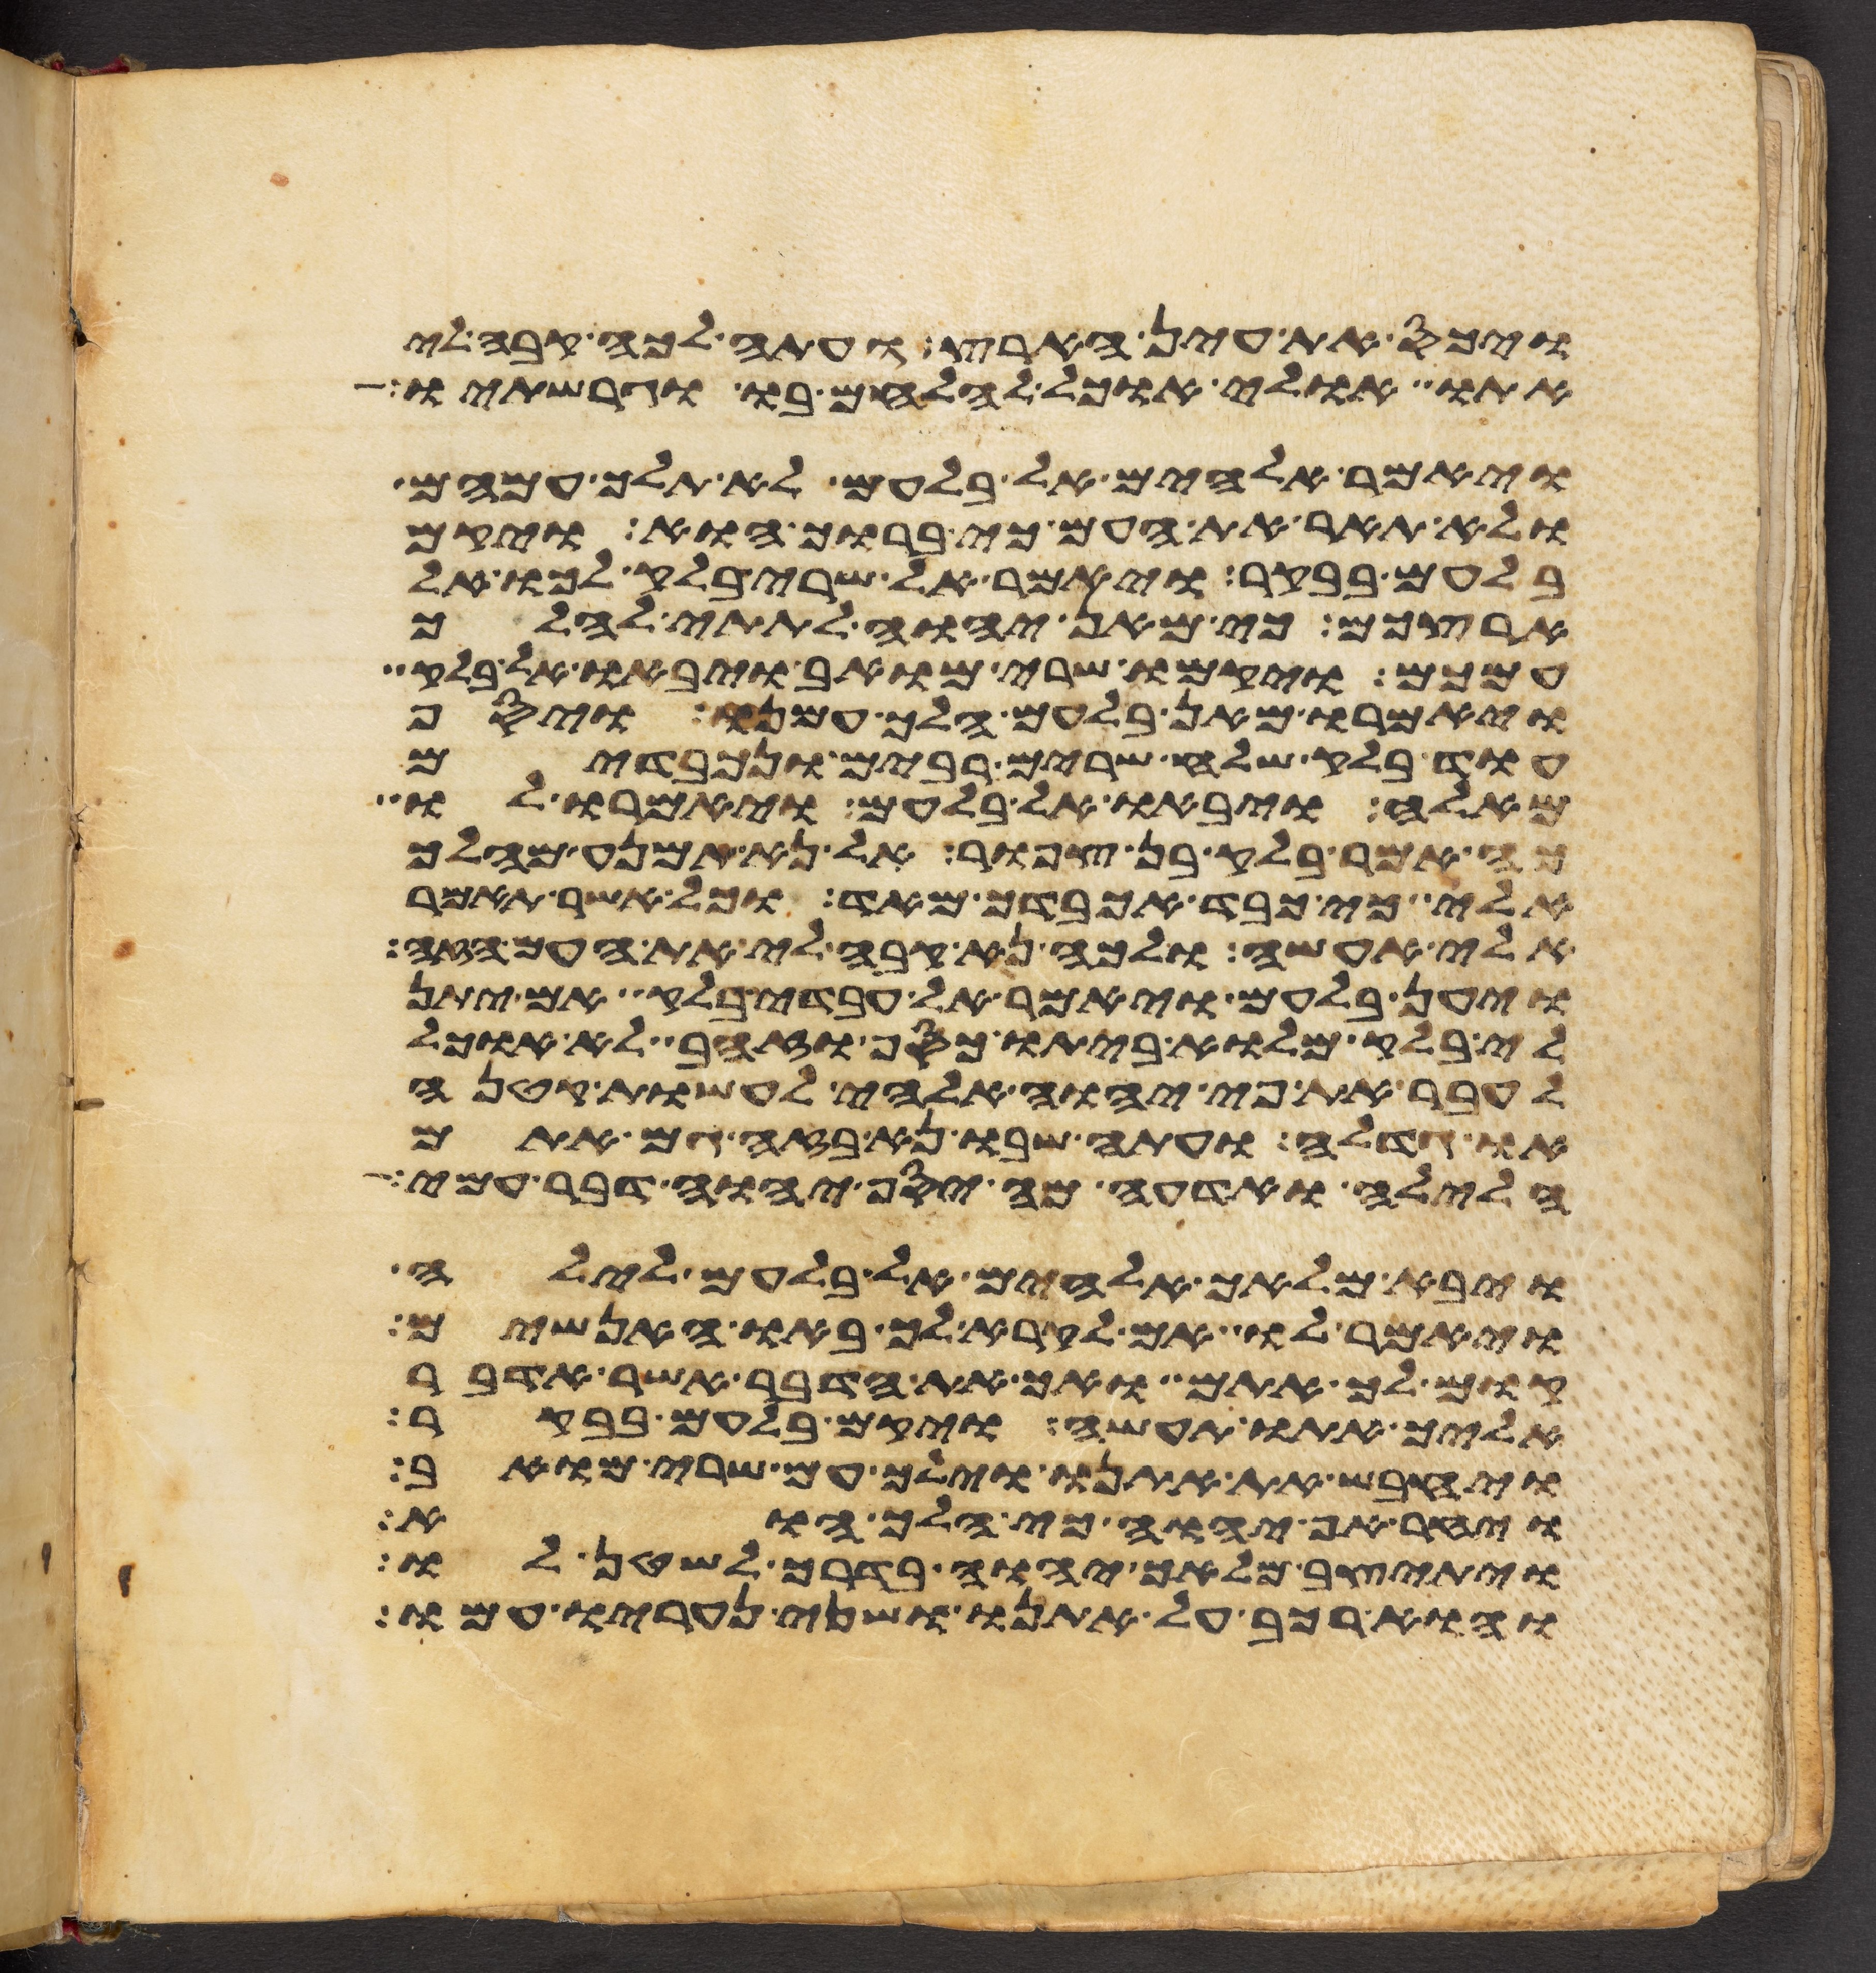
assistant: ויכס את עין הארץ ועתה לכה קבה לי
אתו אולי אוכל להלחם בו וגרשתיו
ויאמר אלהים אל בלעם לא תלך עמהם
ולא תאר את העם כי ברוך הוא ויקם
בלעם בבקר ויאמר אל שרי בלק לכו אל
ארצכם כי מאן יהוה לתתי להלך
עמכם ויקמו שרי מואב ויבאו אל בלק
ויאמרו מאן בלעם הלך עמנו ויסף
עוד בלק שלח שרים רבים ונכבדים
מאלה ויבאו אל בלעם ויאמרו לו
כה אמר בלק בן צפור אל נא תמנע מהלך
אלי כי כבד אכבדך מאד וכל אשר תאמר
אלי אעשה ולכה נא קבה לי את העם הזה
ויען בלעם ויאמר אל עבדי בלק אם יתן
לי בלק מלוא ביתו כסף או זהב לא אוכל
אעבר את פי יהוה אלהי לעשות קטנה
או גדלה ועתה שבו נא בזה גם אתם
הלילה ואדעה מה יסף יהוה דבר עמי
ויבא מלאך אלהים אל בלעם לילה
ויאמר לו אם לקרא לך באו האנשים
קום לך אתם ואך את הדבר אשר אדבר
אליך אתו תעשה ויקם בלעם בבקר
ויחבש את אתנו וילך עם שרי מואב
ויחר אף יהוה כי הלך הוא
ויתיצב מלאך יהוה בדרך לשטן לו
והוא רכב על אתנו ושני נעריו עמו